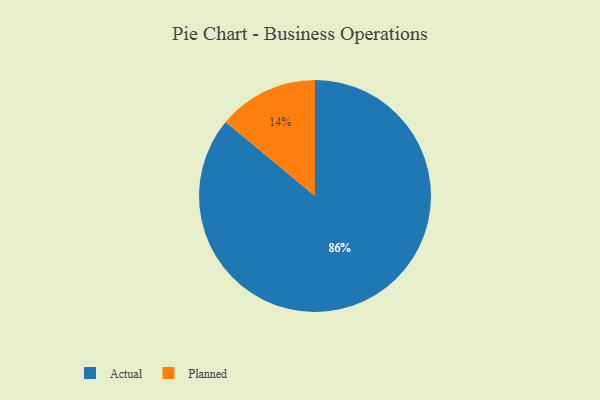
{"axis": {"x": "Category", "y": "Percentage"}, "legend": ["Actual", "Planned"], "data": [{"x": "Planned", "y": 14, "type": "Planned"}, {"x": "Actual", "y": 86, "type": "Actual"}]}